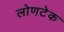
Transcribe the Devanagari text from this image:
लोणटेक